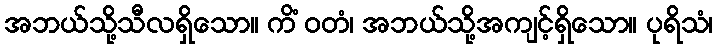
အဘယ်သို့သီလရှိသော။ ကိံ ဝတံ၊ အဘယ်သို့အကျင့်ရှိသော။ ပုရိသံ၊